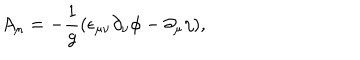
LaTeX: A _ { \mu } = - \frac { 1 } { g } ( \epsilon _ { \mu \nu } \partial _ { \nu } \phi - \partial _ { \mu } \eta ) ,